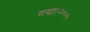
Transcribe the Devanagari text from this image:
गया।२००५